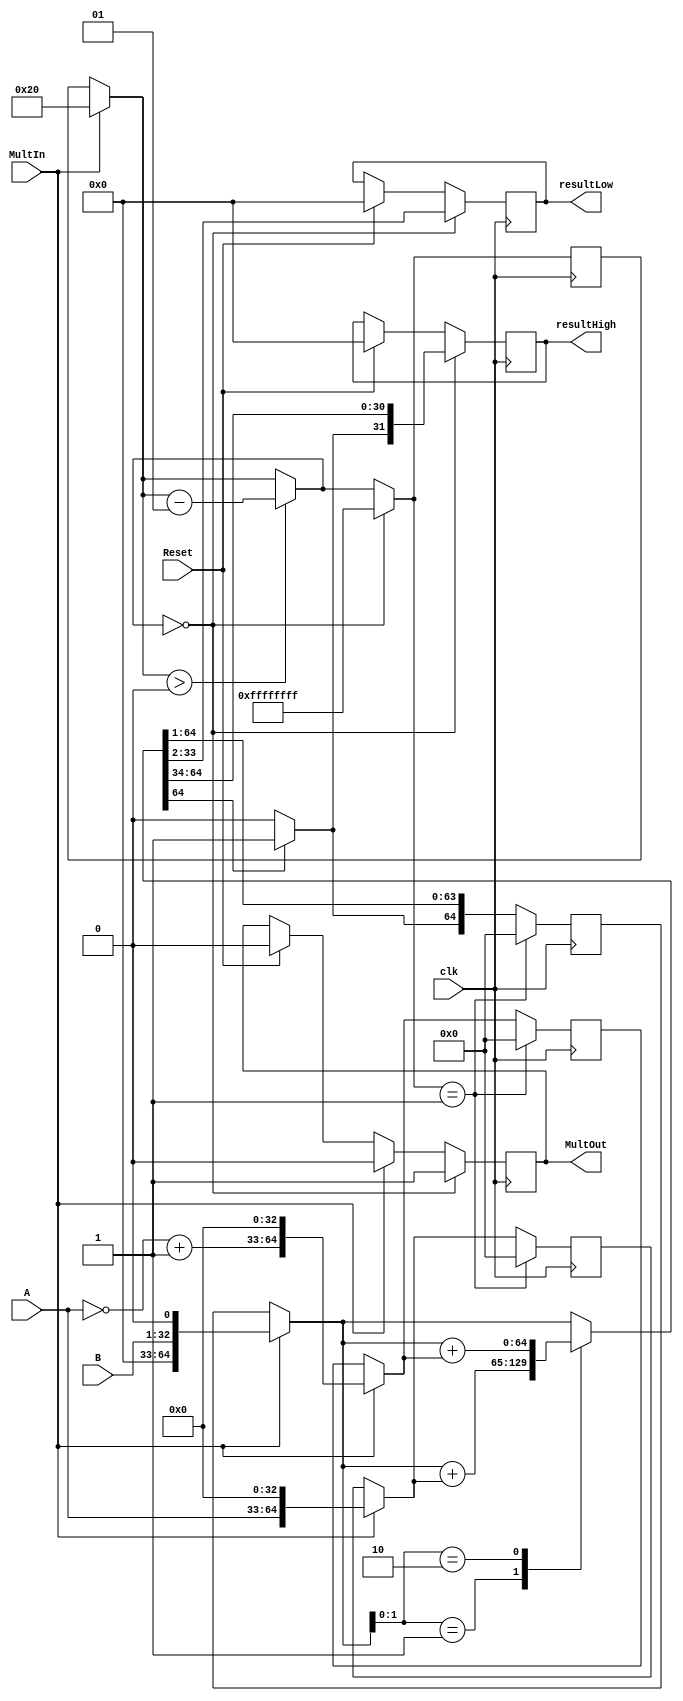
module Multiplicador (A, B, resultHigh, resultLow, MultIn, MultOut, clk, Reset);

input [31:0] A, B;
input clk, Reset;
output reg [31:0] resultHigh, resultLow;
reg [64:0] Add, Sub, Produto;
reg [31:0] comp2;
output reg MultOut;
integer contador = 32;
input MultIn;


always @(posedge clk) begin

if (Reset == 1) begin
resultHigh = 32'b0;
resultLow = 32'b0;
MultOut = 1'b0;
end

if (MultIn == 1'b1) begin
Add = {A, 33'b0};
comp2 = (~A + 1'b1);
Sub = {comp2, 33'b0};
Produto = {32'b0, B, 1'b0};
contador = 32;
MultOut = 1'b0;
end

case (Produto[1:0])

2'b01: begin
 Produto = Produto + Add;
end

2'b10: begin
    Produto = Produto + Sub;
end

endcase

Produto = Produto >> 1;
if (Produto[63] == 1'b1) begin
Produto[64] = 1'b1;
end
if (contador > 0) begin
contador = (contador - 1);
end
if (contador == 0) begin
resultHigh = Produto[64:33];
resultLow = Produto[32:1];
MultOut = 1'b1;
contador = -1;
end
if(contador == -1)begin
    Add = 65'd0;
    comp2 = 32'd0;
    Sub = 65'd0;
    Produto = 65'd0; 
end
end

endmodule